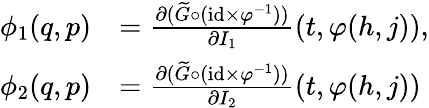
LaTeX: \begin{array}{rl}{\phi_{1}(q,p)}&{=\frac{\partial(\widetilde{G}\circ(\mathrm{id}\times\varphi^{-1}))}{\partial I_{1}}(t,\varphi(h,j)),}\\ {\phi_{2}(q,p)}&{=\frac{\partial(\widetilde{G}\circ(\mathrm{id}\times\varphi^{-1}))}{\partial I_{2}}(t,\varphi(h,j))}\end{array}